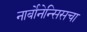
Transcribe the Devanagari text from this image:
नार्बोनेन्सिसचा